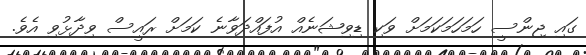
ގައި ޖިންސީ ހަމަހަމަކަމަށް ވަކި ޑިވިޝަނެއް އުފައްދަވާނެ ކަމަށް ރައީސް ވިދާޅުވި އެވެ.